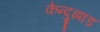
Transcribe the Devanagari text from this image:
केन्दुझाड़